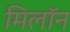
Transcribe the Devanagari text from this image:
मिलॉन